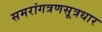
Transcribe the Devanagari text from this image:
समरांगत्रणसूत्रधार